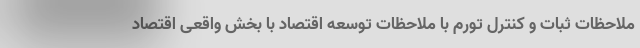
ملاحظات ثبات و کنترل تورم با ملاحظات توسعه اقتصاد با بخش واقعی اقتصاد